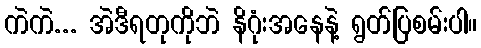
ကဲကဲ... အဲဒီရတုကိုဘဲ နိဂုံးအနေနဲ့ ရွတ်ပြစမ်းပါ။